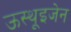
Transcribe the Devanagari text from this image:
ऊस्थूइजेन